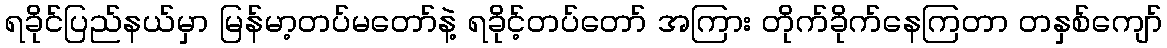
ရခိုင်ပြည်နယ်မှာ မြန်မာ့တပ်မတော်နဲ့ ရခိုင့်တပ်တော် အကြား တိုက်ခိုက်နေကြတာ တနှစ်ကျော်